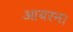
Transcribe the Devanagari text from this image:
आयरन।